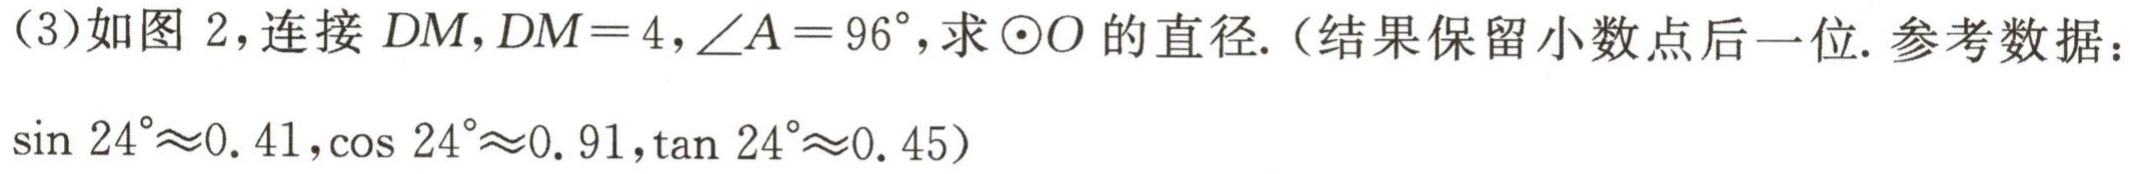
（3）如图 2，连接 \(DM\)，\(DM = 4\)，\(\angle A=96^{\circ}\)，求\(\odot O\)的直径.（结果保留小数点后一位. 参考数据：\(\sin 24^{\circ}\approx0.41\)，\(\cos 24^{\circ}\approx0.91\)，\(\tan 24^{\circ}\approx0.45\)）